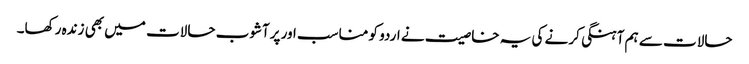
حالات سے ہم آہنگی کرنے کی یہ خاصیت نے اردو کو مناسب اور پرآشوب حالات میں بھی زندہ رکھا۔